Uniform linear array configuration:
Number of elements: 64
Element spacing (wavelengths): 1
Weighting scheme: hann
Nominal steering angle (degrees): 30
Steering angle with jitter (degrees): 28.109
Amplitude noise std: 0.05
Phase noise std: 0.05

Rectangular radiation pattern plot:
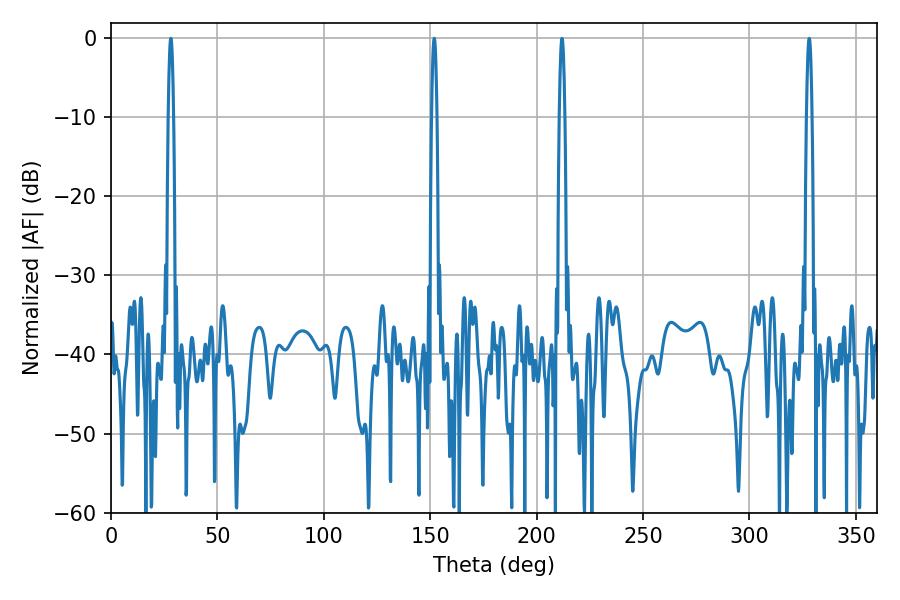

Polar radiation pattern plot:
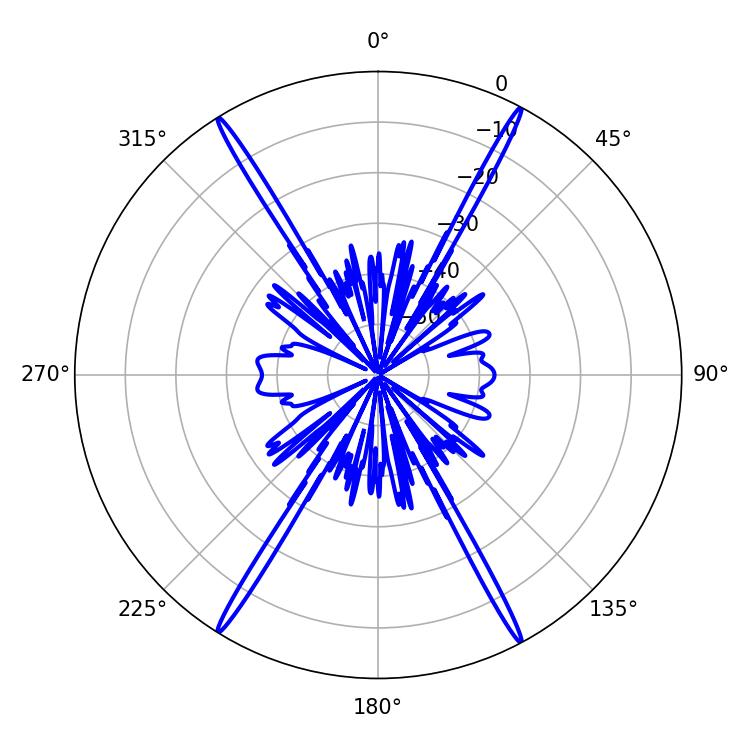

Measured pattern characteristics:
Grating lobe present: TRUE
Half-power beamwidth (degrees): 1.26
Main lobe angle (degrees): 28.08